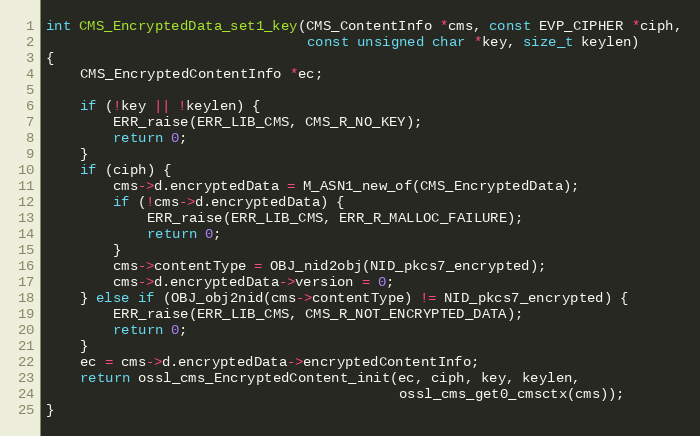
Language: C
int CMS_EncryptedData_set1_key(CMS_ContentInfo *cms, const EVP_CIPHER *ciph,
                               const unsigned char *key, size_t keylen)
{
    CMS_EncryptedContentInfo *ec;

    if (!key || !keylen) {
        ERR_raise(ERR_LIB_CMS, CMS_R_NO_KEY);
        return 0;
    }
    if (ciph) {
        cms->d.encryptedData = M_ASN1_new_of(CMS_EncryptedData);
        if (!cms->d.encryptedData) {
            ERR_raise(ERR_LIB_CMS, ERR_R_MALLOC_FAILURE);
            return 0;
        }
        cms->contentType = OBJ_nid2obj(NID_pkcs7_encrypted);
        cms->d.encryptedData->version = 0;
    } else if (OBJ_obj2nid(cms->contentType) != NID_pkcs7_encrypted) {
        ERR_raise(ERR_LIB_CMS, CMS_R_NOT_ENCRYPTED_DATA);
        return 0;
    }
    ec = cms->d.encryptedData->encryptedContentInfo;
    return ossl_cms_EncryptedContent_init(ec, ciph, key, keylen,
                                          ossl_cms_get0_cmsctx(cms));
}